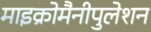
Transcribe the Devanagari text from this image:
माइक्रोमैनीपुलेशन